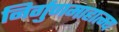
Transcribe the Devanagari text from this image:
निर्गुणमाहात्म्य